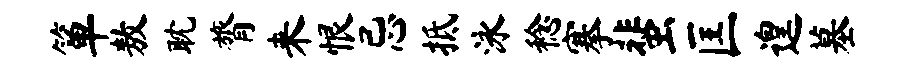
箪敖耽膂来恨忌抵泳稔搴蜚匡遑墓